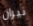
نيران